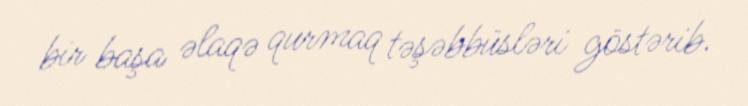
bir başa əlaqə qurmaq təşəbbüsləri göstərib.